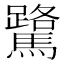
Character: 𫘘